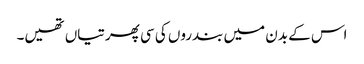
اس کے بدن میں بندروں کی سی پھرتیاں تھیں۔